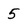
Character: 5